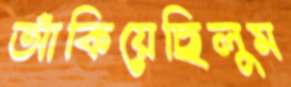
আঁকিয়েছিলুম